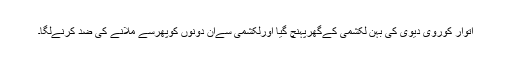
اتوار کوروی دیوی کی بہن لکشمی کےگھرپہنچ گیا اورلکشمی سےان دونوں کوپھرسے ملانے کی ضد کرنےلگا۔